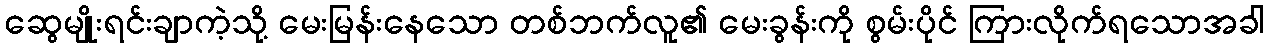
ဆွေမျိုးရင်းချာကဲ့သို့ မေးမြန်းနေသော တစ်ဘက်လူ၏ မေးခွန်းကို စွမ်းပိုင် ကြားလိုက်ရသောအခါ